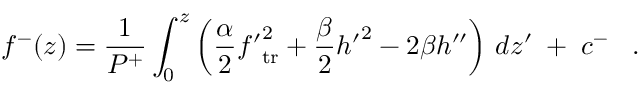
f ^ { - } ( z ) = { \frac { 1 } { P ^ { + } } } \int _ { 0 } ^ { z } \left( { \frac { \alpha } { 2 } } { f ^ { \prime } } _ { \mathrm { t r } } ^ { 2 } + { \frac { \beta } { 2 } } { h ^ { \prime } } ^ { 2 } - 2 \beta h ^ { \prime \prime } \right) \, d z ^ { \prime } \; + \; c ^ { - } \; \; \; .